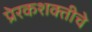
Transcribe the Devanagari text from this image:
प्रेरकशक्तीचे